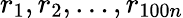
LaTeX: r_{1},r_{2},\dots,r_{100n}